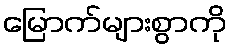
မြောက်များစွာကို